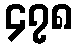
၄၇၈